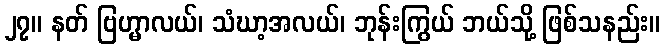
၂၇။ နတ် ဗြဟ္မာလယ်၊ သံဃာ့အလယ်၊ ဘုန်းကြွယ် ဘယ်သို့ ဖြစ်သနည်း။